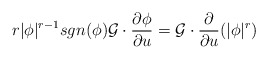
\begin{align*}r\vert \phi \vert^{r-1}sgn(\phi) \mathcal{G}\cdot\dfrac{\partial \phi}{\partial u} =\mathcal{G}\cdot\dfrac{\partial }{\partial u}(\vert\phi\vert^r)\end{align*}